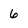
Character: 6